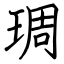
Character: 琱